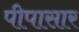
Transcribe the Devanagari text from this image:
पीपासार